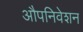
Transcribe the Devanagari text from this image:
औपनिवेशन